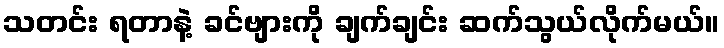
သတင်း ရတာနဲ့ ခင်ဗျားကို ချက်ချင်း ဆက်သွယ်လိုက်မယ်။